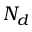
N _ { d }